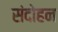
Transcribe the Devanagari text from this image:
संदोहन